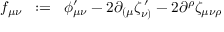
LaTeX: f _ { \mu \nu } \; \; : = \; \; \phi _ { \mu \nu } ^ { \prime } - 2 \partial _ { ( \mu } \zeta _ { \nu ) } ^ { \, \prime } - 2 \partial ^ { \rho } \zeta _ { \mu \nu \rho }